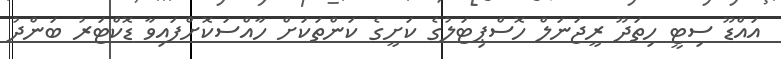
އައްޑޫ ސިޓީ ހިތަދޫ ރީޖަނަލް ހޮސްޕިޓަލުގެ ކަށީގެ ކަންތަކަށް ހާއްސަކޮށްފައިވާ ޑޮކްޓަރު ބަންދު